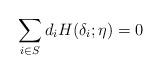
LaTeX: \begin{align*}\sum_{i\in S} d_i H(\delta_i; \eta) = 0\end{align*}